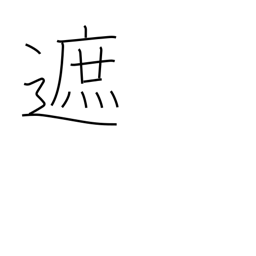
Meaning: intercept